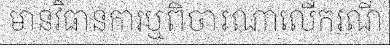
មានវិធានការឬពិចារណាលើករណី